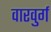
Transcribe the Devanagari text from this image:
वारवुर्ग